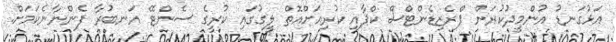
އަޅުގަނޑު އުންމީދުކުރަން ޕްރެޒިޑެންޓްސް ކްޕާއި ކުރިއަށްއޮތް ލީގުގައި ކުރީގެ ސެންޓޭ އަނބުރާ ފެންނާނެކަމަށް.